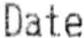
DATE